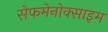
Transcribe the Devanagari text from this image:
सेफमेनोक्साइम